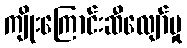
ကျိုးကြောင်းဆီလျော်မှု